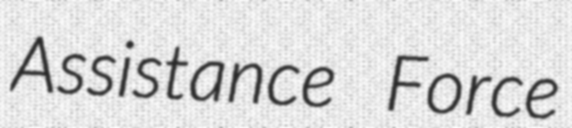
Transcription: Assistance Force